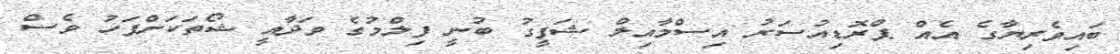
ބައިވެރިޔާގެ އެއް ޕްރޮޑިއުސަރު އިސްމާއިލް ޝަފީގު ބުނީ ފިލްމުގެ ވަދާއީ ޝޯތަކަށްފަހު ވެސް